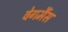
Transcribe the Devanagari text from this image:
वेगमैंस